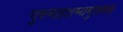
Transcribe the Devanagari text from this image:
गुरुमाहात्म्यमुत्तमम्